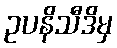
ဥပနိသီဒိမှ